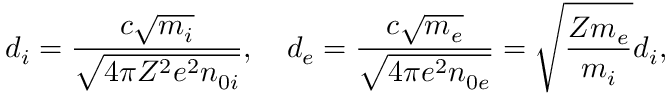
d _ { i } = \frac { c \sqrt { m _ { i } } } { \sqrt { 4 \pi Z ^ { 2 } e ^ { 2 } n _ { 0 i } } } , \quad d _ { e } = \frac { c \sqrt { m _ { e } } } { \sqrt { 4 \pi e ^ { 2 } n _ { 0 e } } } = \sqrt \frac { Z m _ { e } } { m _ { i } } d _ { i } ,